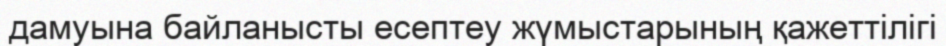
дамуына байланысты есептеу жүмыстарының қажеттілігі